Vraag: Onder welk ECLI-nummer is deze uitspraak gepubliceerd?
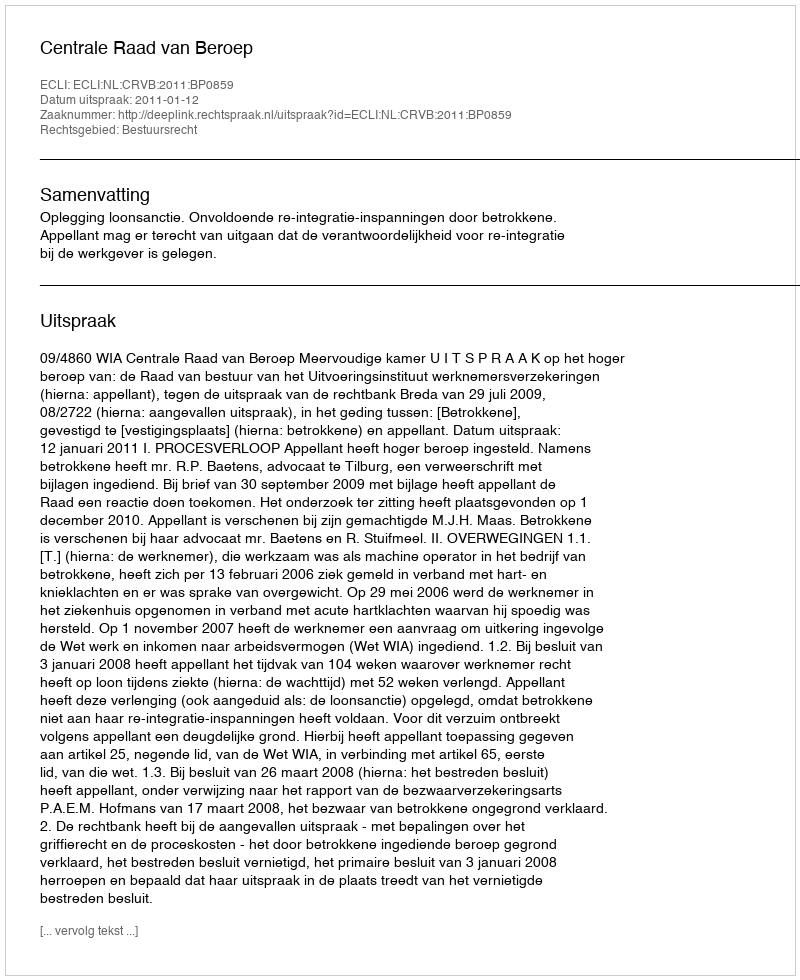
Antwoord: ECLI:NL:CRVB:2011:BP0859